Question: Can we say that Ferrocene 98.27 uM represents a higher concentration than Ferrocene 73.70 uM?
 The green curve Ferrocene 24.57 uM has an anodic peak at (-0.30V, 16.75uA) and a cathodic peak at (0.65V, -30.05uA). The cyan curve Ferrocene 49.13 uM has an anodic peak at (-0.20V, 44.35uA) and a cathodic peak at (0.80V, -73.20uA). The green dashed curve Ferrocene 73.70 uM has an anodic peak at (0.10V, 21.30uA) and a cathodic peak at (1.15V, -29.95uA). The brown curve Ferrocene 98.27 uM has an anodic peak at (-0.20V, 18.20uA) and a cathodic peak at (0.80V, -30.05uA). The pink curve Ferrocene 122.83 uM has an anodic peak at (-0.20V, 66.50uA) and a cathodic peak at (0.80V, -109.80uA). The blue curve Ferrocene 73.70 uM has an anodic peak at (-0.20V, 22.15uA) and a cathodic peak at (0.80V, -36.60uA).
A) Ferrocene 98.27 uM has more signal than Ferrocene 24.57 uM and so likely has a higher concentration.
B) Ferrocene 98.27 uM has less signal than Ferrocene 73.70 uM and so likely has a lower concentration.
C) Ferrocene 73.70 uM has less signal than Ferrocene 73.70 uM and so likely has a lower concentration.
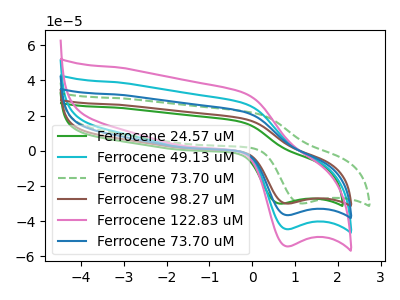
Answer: <think>All the peaks in "Ferrocene 98.27 uM" have a peak in "Ferrocene 73.70 uM" at the same potential. Every peak in "Ferrocene 98.27 uM" is lower than every peak in "Ferrocene 73.70 uM".
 </think>
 <answer>B) "Ferrocene 98.27 uM" has less signal than "Ferrocene 73.70 uM" and so likely has a lower concentration.</answer>
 <eval>B</eval>